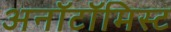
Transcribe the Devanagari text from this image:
अनॉटॉमिस्ट